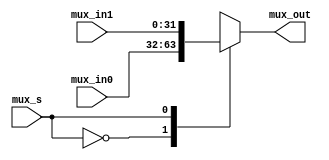
`timescale 1ns/1ns

module Mux2_1_32(
    input [31:0]mux_in0,
    input [31:0]mux_in1,
    input mux_s,
    output reg[31:0]mux_out

);

    always @* 
begin
    case(mux_s)
      1'b0:
      begin
        mux_out <= mux_in0;
      end
      1'b1:
      begin
        mux_out <= mux_in1;
      end
    endcase
end

endmodule